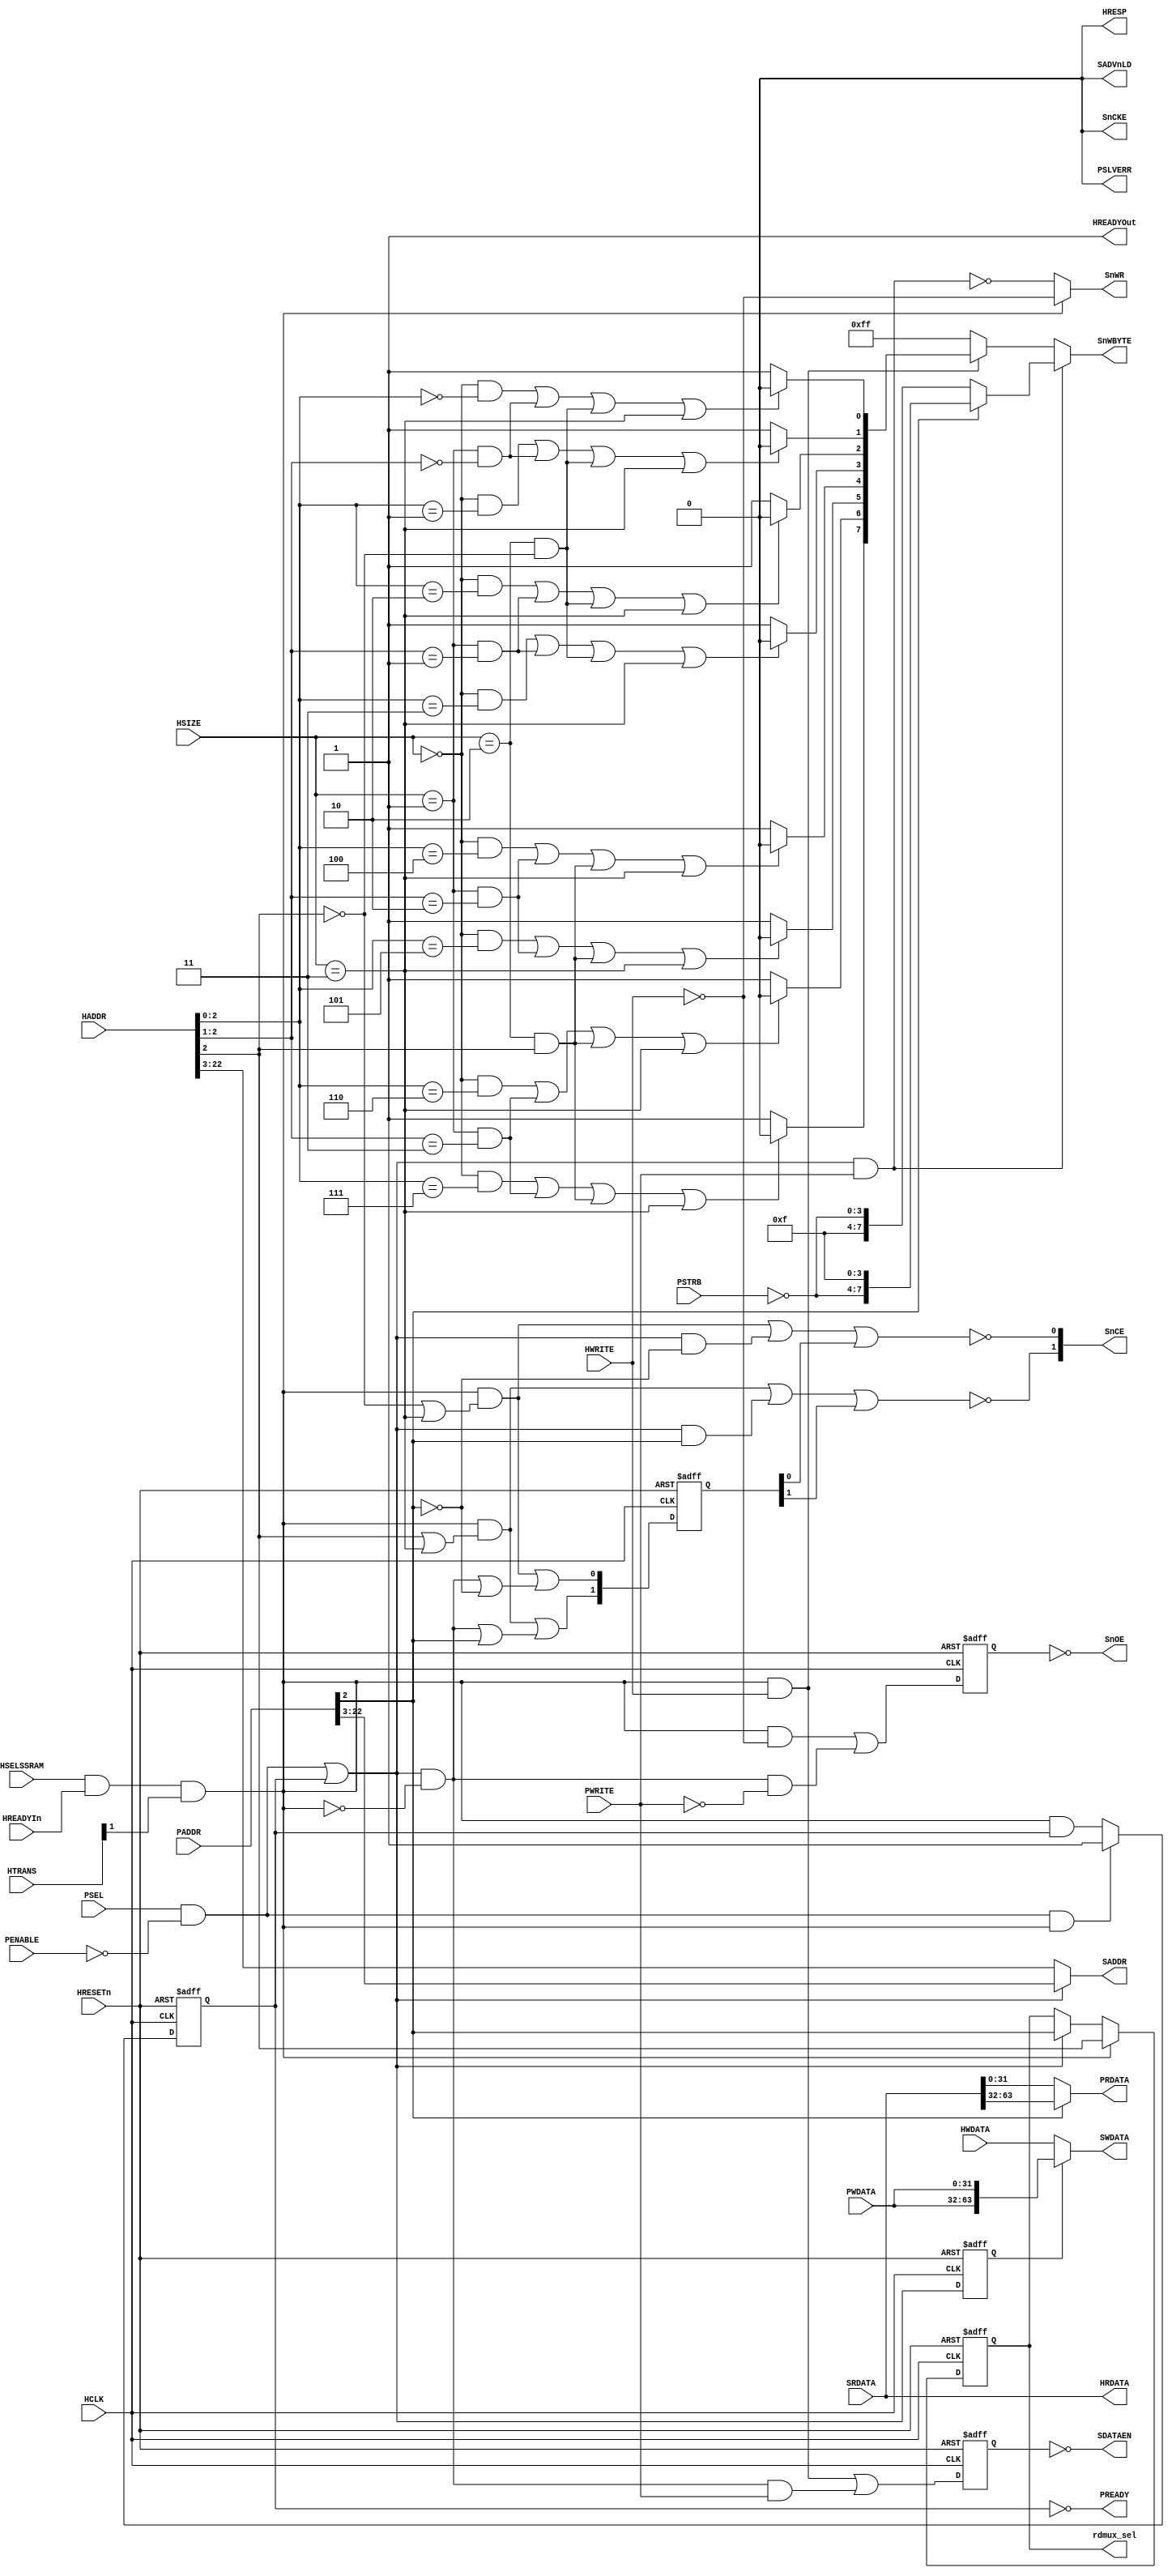
//-----------------------------------------------------------------------------
// The confidential and proprietary information contained in this file may
// only be used by a person authorised under and to the extent permitted
// by a subsisting licensing agreement from ARM Limited.
//
//            (C) COPYRIGHT 2013 ARM Limited.
//                ALL RIGHTS RESERVED
//
// This entire notice must be reproduced on all copies of this file
// and copies of this file may only be made by a person if such person is
// permitted to do so under the terms of a subsisting license agreement
// from ARM Limited.
//
//      SVN Information
//
//      Checked In          : $Date: 2017-07-25 15:10:13 +0100 (Tue, 25 Jul 2017) $
//
//      Revision            : $Revision: 368444 $
//
//      Release Information : Cortex-M0 DesignStart-r2p0-00rel0
//
//-----------------------------------------------------------------------------
//-----------------------------------------------------------------------------
// Abstract : AHB ZBT SRAM controller
//-----------------------------------------------------------------------------
// Purpose :
//           64-bit AHB ZBT SRAM controller
//           Also support 2nd 32-bit APB interface (low priority)
// --=========================================================================--

`timescale 1ns/1ps

// -----------------------------------------------------------------------------

module ahb_zbtram_64
 #(
  parameter AW = 23 // 23 is 8MB
  )
  (
   // AHB interface

    // Inputs
    input  wire        HCLK,      // system bus clock (for both interface)
    input  wire        HRESETn,   // reset input (active low)

    input  wire        HSELSSRAM, // AHB peripheral select
    input  wire [31:0] HADDR,     // AHB address bus
    input  wire        HREADYIn,  // AHB ready input
    input  wire [1:0]  HTRANS,    // AHB transfer type
    input  wire [1:0]  HSIZE,     // AHB hsize
    input  wire        HWRITE,    // AHB hwrite
    input  wire [63:0] HWDATA,

    // Outputs
    output wire        HREADYOut, // AHB ready output to S->M mux
    output wire        HRESP,     // AHB response
    output wire [63:0] HRDATA,

   // APB interface (2nd master, lower priority)
    input  wire [31:0] PADDR,
    input  wire        PSEL,
    input  wire        PENABLE,
    input  wire        PWRITE,
    input  wire  [3:0] PSTRB,
    input  wire [31:0] PWDATA,

    output wire [31:0] PRDATA,
    output wire        PREADY,
    output wire        PSLVERR,


   // SRAM interface

    output wire [AW-4:0] SADDR,   // SSRAM Address
    output wire        SDATAEN,   // SSRAM tristate enable
    output wire  [7:0] SnWBYTE,   // SSRAM byte lane writes
    output wire        SnOE,      // SSRAM output enable
    output wire  [1:0] SnCE,      // SSRAM chip enable (active low)
    output wire        SADVnLD,   // SSRAM advance / load
    output wire        SnWR,      // SSRAM write
    output wire        SnCKE,     // SSRAM write Clock enable

    output wire [63:0] SWDATA,    // Write data
    input  wire [63:0] SRDATA,    // Read data
    output wire        rdmux_sel //  read data mux control for 32-bit AHB master
);


// -----------------------------------------------------------------------------
//
//                                  AHBZBTRAM
//                                  =========
//
// -----------------------------------------------------------------------------
//
// Overview
// ========
// AHB ZBT SRAM controller
//
// -----------------------------------------------------------------------------

// -----------------------------------------------------------------------------
// Constant declarations
// -----------------------------------------------------------------------------

// HRESP transfer response signal encoding
localparam RSP_OKAY   = 1'b0;
localparam RSP_ERROR  = 1'b1;

// -----------------------------------------------------------------------------
// Wire declarations
// -----------------------------------------------------------------------------

  wire          trans_valid_ahb;        // Module is selected with valid transfer
  wire          trans_valid_apb;        // Module is selected with valid transfer
  wire          trans_start_apb;
  wire          trans_valid_ahb_l;      // Module is selected with valid transfer (lower word)
  wire          trans_valid_ahb_u;      // Module is selected with valid transfer (upper word)

  wire          trans_valid_apb_l;      // Module is selected with valid transfer (lower word)
  wire          trans_valid_apb_u;      // Module is selected with valid transfer (upper word)

  reg           reg_addr2;       // Bit 2 of address


// -----------------------------------------------------------------------------
// Register declarations
// -----------------------------------------------------------------------------

  // State machine vars
  reg           reg_wr_dataphase;
  wire          nxt_wr_dataphase;
  reg           reg_rd_dataphase;
  wire          nxt_rd_dataphase;
  wire    [1:0] nxt_dataphase; // bit 0 - lower word, bit 1 - higher word
  reg     [1:0] reg_dataphase;
  reg           reg_apb_hold;  // Stall APB transfer request
  reg           nxt_apb_hold;  // next cycle of reg_apb_hold
  reg           reg_apb_dphase; // data phase for mux
// -----------------------------------------------------------------------------
// Function declarations
// -----------------------------------------------------------------------------

// -----------------------------------------------------------------------------
//
// Main body of code
// =================
//
// -----------------------------------------------------------------------------

// -----------------------------------------------------------------------------
// TrnValid transfer detection
// The slave must only respond to a valid transfer, so this must be detected.
// Valid AHB transfers only take place when a non-sequential or sequential
// transfer is shown on HTRANS - an idle or busy transfer should be ignored.
// -----------------------------------------------------------------------------
  assign trans_valid_ahb   = HSELSSRAM & HREADYIn & HTRANS[1];
  assign trans_valid_ahb_l = trans_valid_ahb & ((~HADDR[2])|(HSIZE[1:0]==2'b11));
  assign trans_valid_ahb_u = trans_valid_ahb & (( HADDR[2])|(HSIZE[1:0]==2'b11));

  assign trans_start_apb   = PSEL & ~PENABLE;
  assign trans_valid_apb   = trans_start_apb|reg_apb_hold;
  assign trans_valid_apb_l = trans_valid_apb & (~PADDR[2]);
  assign trans_valid_apb_u = trans_valid_apb & ( PADDR[2]);

  // Detect stalling of APB
  always @(trans_start_apb or trans_valid_ahb or reg_apb_hold)
  begin
    if (trans_start_apb & trans_valid_ahb)
      nxt_apb_hold = 1'b1; // Both masters try to access ZBT SRAM
    else
      nxt_apb_hold = (trans_valid_ahb & reg_apb_hold);
  end

  // Hold APB request until AHB is idle
  always @(posedge HCLK or negedge HRESETn)
  begin
  if (~HRESETn)
    reg_apb_hold <= 1'b0;
  else
    reg_apb_hold <= nxt_apb_hold;
  end

  // Write data phase
  // Note: APB don't have address phase & data phase, but we make
  //       use of the 2 cycle property to divide it into address
  //       and data phases.
  //       If APB is write but AHB is read, AHB has higher priority
  //       so it will be a read operation
  assign nxt_wr_dataphase = (trans_valid_ahb & HWRITE) |
   ((trans_valid_apb & ~trans_valid_ahb) & PWRITE);

  always @(posedge HCLK or negedge HRESETn)
  begin
  if (~HRESETn)
    reg_wr_dataphase <= 1'b0;
  else
    reg_wr_dataphase <= nxt_wr_dataphase;
  end

  // Read data phase
  // Note: APB don't have address phase & data phase, but we make
  //       use of the 2 cycle property to divide it into address
  //       and data phases.
  //       If APB is read but AHB is write, AHB has higher priority
  //       so it will be a write operation
  assign nxt_rd_dataphase = (trans_valid_ahb & ~HWRITE) |
   ((trans_valid_apb & ~trans_valid_ahb) & (~PWRITE));

  always @(posedge HCLK or negedge HRESETn)
  begin
  if (~HRESETn)
    reg_rd_dataphase <= 1'b0;
  else
    reg_rd_dataphase <= nxt_rd_dataphase;
  end

  // register address bit 2 for data mux ctrl
  always @(posedge HCLK or negedge HRESETn)
    begin
    if (~HRESETn)
      reg_addr2 <= 1'b0;
    else
      if (trans_valid_ahb)
        reg_addr2 <= HADDR[2];
      else if (trans_valid_apb)
        reg_addr2 <= PADDR[2];
    end

  assign rdmux_sel = reg_addr2;

  // Chip select for lower word
  assign   nxt_dataphase[1] =
    (trans_valid_ahb & (HADDR[2] | HSIZE[1:0] ==2'b11)) |
    (trans_valid_apb & (~trans_valid_ahb) | PADDR[2]);
  assign   nxt_dataphase[0] =
    (trans_valid_ahb & (~HADDR[2] | HSIZE[1:0] ==2'b11)) |
    (trans_valid_apb & (~trans_valid_ahb) | ~PADDR[2]);

  always @(posedge HCLK or negedge HRESETn)
  begin
  if (~HRESETn)
    reg_dataphase <= 2'b00;
  else
    reg_dataphase <= nxt_dataphase;
  end

  // -----------------------------------------------------------------------------
  // ZBT SRAM output drivers
  // -----------------------------------------------------------------------------

  wire [7:0] bytestrobe_c1; // active low
  wire [7:0] bytestrobe_c2; // active low
  wire [7:0] bytestrobe_c3; // active low
  wire [7:0] bytestrobe_c4; // active low

  // AHB Byte strobe encoding
  assign bytestrobe_c1[0] = ((HSIZE[1:0] == 2'b00) && (HADDR[2:0] == 3'b000) ||
                             (HSIZE[1:0] == 2'b01) && (HADDR[2:1] == 2'b00 ) ||
                             (HSIZE[1:0] == 2'b10) && (HADDR[2  ] == 1'b0  ) ||
                             (HSIZE[1:0] == 2'b11)) ? 1'b0 : 1'b1;
  assign bytestrobe_c1[1] = ((HSIZE[1:0] == 2'b00) && (HADDR[2:0] == 3'b001) ||
                             (HSIZE[1:0] == 2'b01) && (HADDR[2:1] == 2'b00 ) ||
                             (HSIZE[1:0] == 2'b10) && (HADDR[2  ] == 1'b0  ) ||
                             (HSIZE[1:0] == 2'b11)) ? 1'b0 : 1'b1;
  assign bytestrobe_c1[2] = ((HSIZE[1:0] == 2'b00) && (HADDR[2:0] == 3'b010) ||
                             (HSIZE[1:0] == 2'b01) && (HADDR[2:1] == 2'b01 ) ||
                             (HSIZE[1:0] == 2'b10) && (HADDR[2  ] == 1'b0  ) ||
                             (HSIZE[1:0] == 2'b11)) ? 1'b0 : 1'b1;
  assign bytestrobe_c1[3] = ((HSIZE[1:0] == 2'b00) && (HADDR[2:0] == 3'b011) ||
                             (HSIZE[1:0] == 2'b01) && (HADDR[2:1] == 2'b01 ) ||
                             (HSIZE[1:0] == 2'b10) && (HADDR[2  ] == 1'b0  ) ||
                             (HSIZE[1:0] == 2'b11)) ? 1'b0 : 1'b1;
  assign bytestrobe_c1[4] = ((HSIZE[1:0] == 2'b00) && (HADDR[2:0] == 3'b100) ||
                             (HSIZE[1:0] == 2'b01) && (HADDR[2:1] == 2'b10 ) ||
                             (HSIZE[1:0] == 2'b10) && (HADDR[2  ] == 1'b1  ) ||
                             (HSIZE[1:0] == 2'b11)) ? 1'b0 : 1'b1;
  assign bytestrobe_c1[5] = ((HSIZE[1:0] == 2'b00) && (HADDR[2:0] == 3'b101) ||
                             (HSIZE[1:0] == 2'b01) && (HADDR[2:1] == 2'b10 ) ||
                             (HSIZE[1:0] == 2'b10) && (HADDR[2  ] == 1'b1  ) ||
                             (HSIZE[1:0] == 2'b11)) ? 1'b0 : 1'b1;
  assign bytestrobe_c1[6] = ((HSIZE[1:0] == 2'b00) && (HADDR[2:0] == 3'b110) ||
                             (HSIZE[1:0] == 2'b01) && (HADDR[2:1] == 2'b11 ) ||
                             (HSIZE[1:0] == 2'b10) && (HADDR[2  ] == 1'b1  ) ||
                             (HSIZE[1:0] == 2'b11)) ? 1'b0 : 1'b1;
  assign bytestrobe_c1[7] = ((HSIZE[1:0] == 2'b00) && (HADDR[2:0] == 3'b111) ||
                             (HSIZE[1:0] == 2'b01) && (HADDR[2:1] == 2'b11 ) ||
                             (HSIZE[1:0] == 2'b10) && (HADDR[2  ] == 1'b1  ) ||
                             (HSIZE[1:0] == 2'b11)) ? 1'b0 : 1'b1;
  // Mask out byte strobe if it is not AHB write
  assign bytestrobe_c2 = (trans_valid_ahb & HWRITE) ? bytestrobe_c1 : 8'b11111111;
  // Byte strobe from APB interface
  assign bytestrobe_c3 = PADDR[2] ? {~PSTRB[3:0], 4'b1111} : {4'b1111, ~PSTRB[3:0]};
  // Select between byte strobe from APB or AHB
  assign bytestrobe_c4 = (trans_valid_apb & PWRITE) ? bytestrobe_c3 : bytestrobe_c2;

  // SRAM DATA tristate control passed to top top level (active low)
  assign SDATAEN      = ~reg_wr_dataphase;

  assign SADDR        = (trans_valid_apb) ? PADDR[AW-1:3] : HADDR[AW-1:3];

  assign SnWBYTE      = bytestrobe_c4;

  assign SnCE[0]      = ~(trans_valid_ahb_l | trans_valid_apb_l | reg_dataphase[0]);
  assign SnCE[1]      = ~(trans_valid_ahb_u | trans_valid_apb_u | reg_dataphase[1]);

  assign SnWR         = (trans_valid_ahb) ? ~HWRITE : ~(trans_valid_apb & PWRITE);

  assign SADVnLD      = 1'b0;

  assign SnCKE        = 1'b0;

  assign SnOE         = ~reg_rd_dataphase;

  assign SWDATA       = (reg_apb_dphase) ? {PWDATA,PWDATA} : HWDATA;


  // Hold APB request until AHB is idle
  always @(posedge HCLK or negedge HRESETn)
  begin
  if (~HRESETn)
    reg_apb_dphase <= 1'b0;
  else
    reg_apb_dphase <= trans_valid_apb;
  end

// -----------------------------------------------------------------------------
// AHB output drivers
// -----------------------------------------------------------------------------
  assign HRESP        = RSP_OKAY;
  assign HREADYOut    = 1'b1;
  assign HRDATA       = SRDATA;

// -----------------------------------------------------------------------------
// APB output drivers
// -----------------------------------------------------------------------------
  assign PSLVERR  = 1'b0;
  assign PREADY   = ~reg_apb_hold;
  assign PRDATA   = (PADDR[2]) ? SRDATA[63:32] : SRDATA[31:0];

endmodule

// --================================== End ==================================--